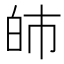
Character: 𤽌